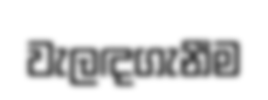
වැලඳගැනීම